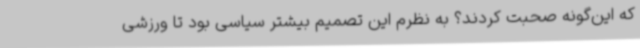
که این‌گونه صحبت ‌کردند؟ به نظرم این تصمیم بیشتر سیاسی بود تا ورزشی